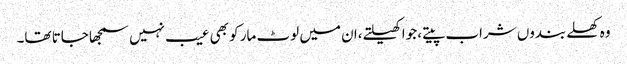
وہ کھلے بندوں شراب پیتے، جوا کھیلتے،ان میں لوٹ مار کو بھی عیب نہیں سمجھا جاتا تھا۔